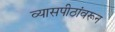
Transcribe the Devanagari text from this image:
व्यासपीठांवरून